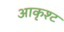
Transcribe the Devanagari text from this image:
आकृश्ट